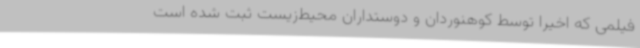
فیلمی که اخیرا توسط کوهنوردان و دوستداران‌ محیط‌زیست ثبت شده‌ است